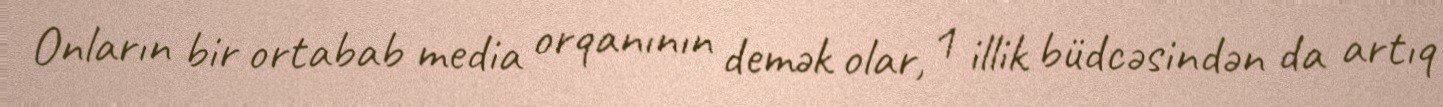
Onların bir ortabab media orqanının demək olar, 1 illik büdcəsindən da artıq